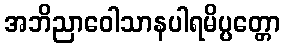
အဘိညာဝေါသာနပါရမိပ္ပတ္တော